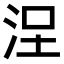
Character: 𣳤